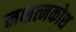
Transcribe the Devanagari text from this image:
नक्षत्नकोश